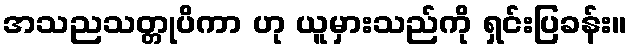
အသညသတ္တုပိကာ ဟု ယူမှားသည်ကို ရှင်းပြခန်း။